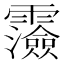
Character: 𩆯